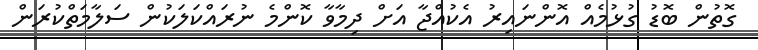
ގޮތުން ބޮޑު ގުޅުމެއް އޮންނައިރު އެކުއްޖާ އަށް ދިމާވާ ކޮންމެ ނުރައްކަލަކުން ސަލާމަތްކުރަން